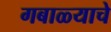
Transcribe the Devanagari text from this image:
गबाळ्याचे